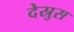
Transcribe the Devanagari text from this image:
देस्रुस